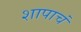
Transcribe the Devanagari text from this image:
शापाचं